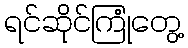
ရင်ဆိုင်ကြုံတွေ့